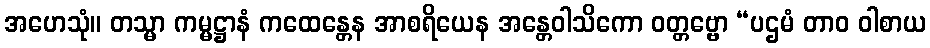
အဟေသုံ။ တသ္မာ ကမ္မဋ္ဌာနံ ကထေန္တေန အာစရိယေန အန္တေဝါသိကော ဝတ္တဗ္ဗော “ပဌမံ တာဝ ဝါစာယ